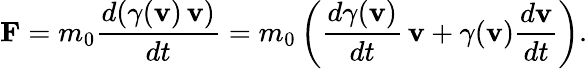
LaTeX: \mathbf{F}=m_{0}{\frac{d(\gamma(\mathbf{v})\, \mathbf{v})}{dt}}=m_{0}\left({\frac{d\gamma(\mathbf{v})}{dt}}\, \mathbf{v}+\gamma(\mathbf{v}){\frac{d\mathbf{v}}{dt}}\right).